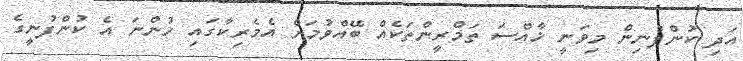
އަދި ކުންފުނިން މިވަނީ ޚާއްސަ ތަމްރީންތަކެއް ބޭއްވުމަށް އެމެރިކާގައި ހުންނަ އެ ކުންފުނީގެ